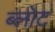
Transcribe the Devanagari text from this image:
ब्लोट